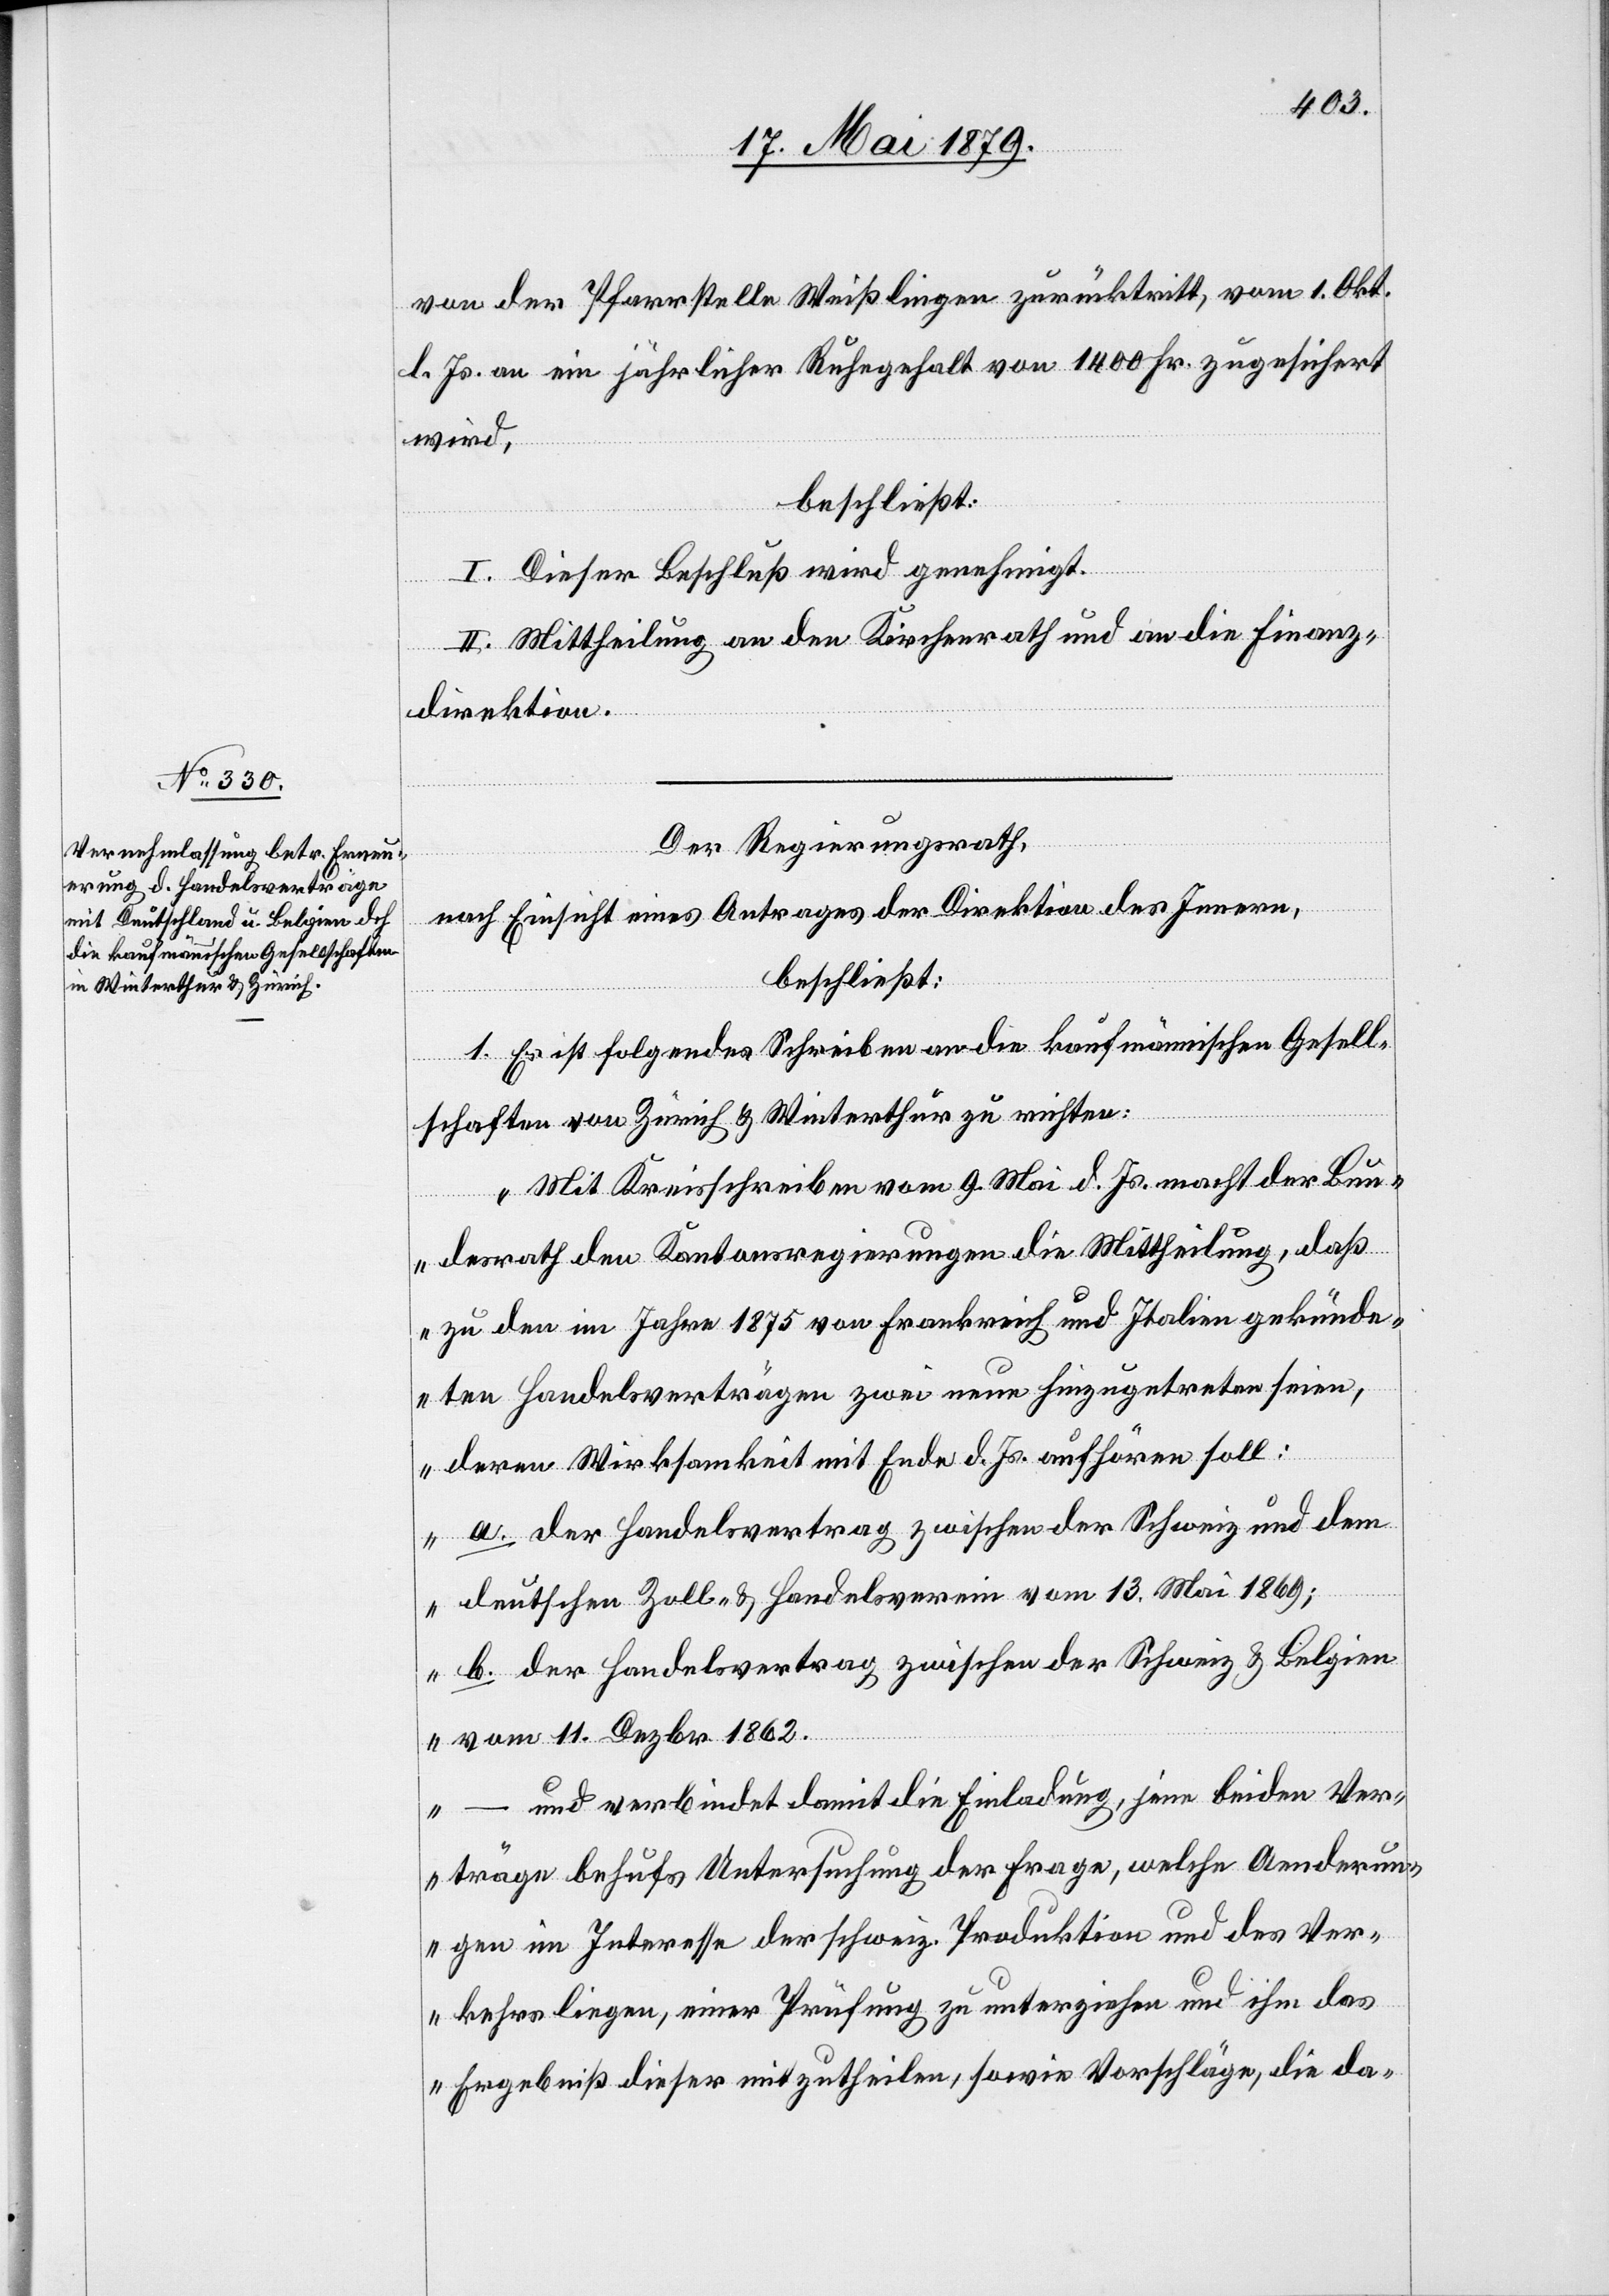
von der Pfarrstelle Weißlingen zurücktritt, vom 1. Okt.
l. Js. an ein jährlicher Ruhegehalt von 1400 Fr. zugesichert
wird,
beschließt:
I. Dieser Beschluß wird genehmigt.
II. Mittheilung an den Kirchenrath und an die Finanz¬
direktion.
Der Regierungsrath,
nach Einsicht eines Antrages der Direktion des Innern,
beschließt:
1. Es ist folgendes Schreiben an die kaufmännischen Gesell¬
schaften von Zürich & Winterthur zu richten:
„Mit Kreisschreiben vom 9. Mai d. Js. macht der Bun¬
desrath den Kantonsregierungen die Mittheilung, daß
zu den im Jahre 1875 von Frankreich und Italien gekünde¬
ten Handelsverträgen zwei neue hinzugetreten seien,
deren Wirksamkeit mit Ende d. Js. aufhören soll:
a. der Handelsvertrag zwischen der Schweiz und dem
deutschen Zoll- & Handelsverein vom 13. Mai 1869;
b. der Handelsvertrag zwischen der Schweiz & Belgien
vom 11. Dezbr. 1862.
und verbindet damit die Einladung, jene beiden Ver¬
träge behufs Untersuchung der Frage, welche Aenderun¬
gen im Interesse der schweiz. Produktion und des Ver¬
kehrs liegen, einer Prüfung zu unterziehen und ihm das
Ergebniß dieser mitzutheilen, sowie Vorschläge, die da-